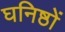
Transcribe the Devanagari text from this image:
घनिष्ठों